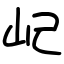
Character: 屺